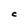
Character: C